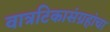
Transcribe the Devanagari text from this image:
वात्रटिकासंग्रहांचा